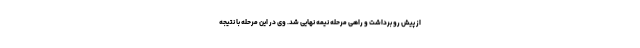
از پیش رو برداشت و راهی مرحله نیمه نهایی شد. وی در این مرحله با نتیجه